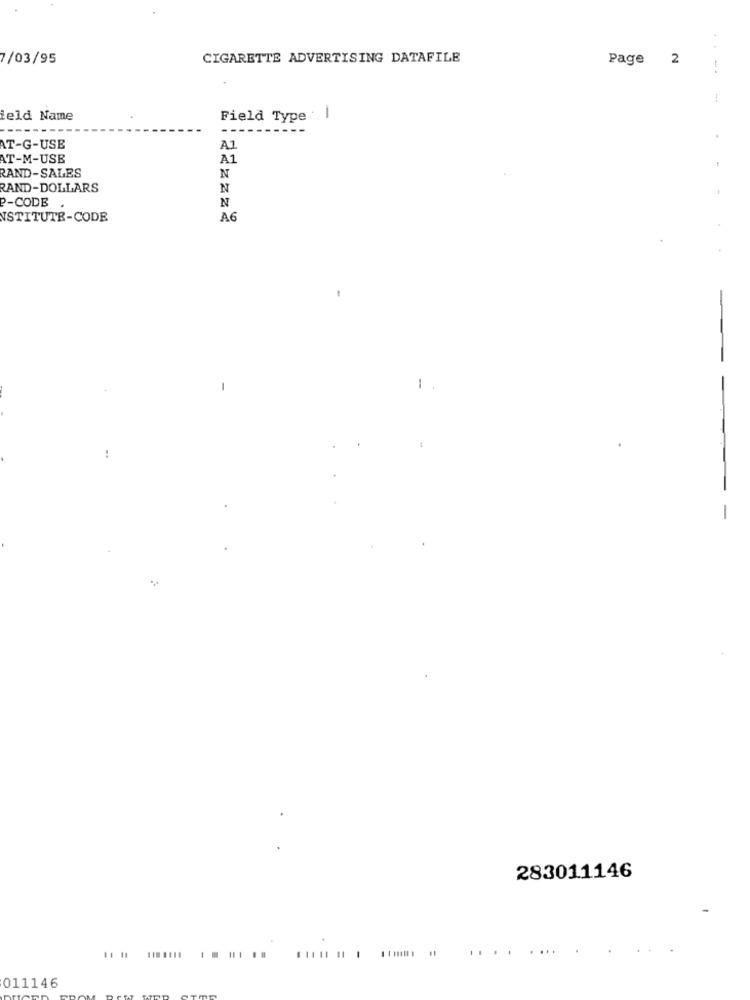
..
7/03/95
CIGARETTE ADVERTISING DATAFILE
Page 2
feld Name
Field Type : |
AT-G-USB
AZ
AT-M-USE
A1
RAND-SALES
N
RAND-DOLLARS
N
N
P-CODE
NSTITUTR-CODE
A6
-
283011146
. .... .. . .... .. .. . . ....
011146